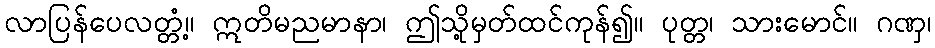
လာပြန်ပေလတ္တံ့။ ဣတိမညမာနာ၊ ဤသို့မှတ်ထင်ကုန်၍။ ပုတ္တ၊ သားမောင်။ ဂဏှ၊